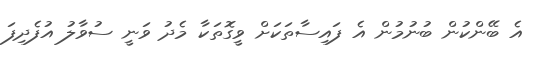
އެ ބޭންކުން ބުނުމުން އެ ފައިސާތަކަށް ވީގޮތަކާ މެދު ވަނީ ސުވާލު އުފެދިފަ